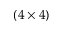
( 4 \times 4 )